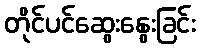
တိုင်ပင်ဆွေးနွေးခြင်း